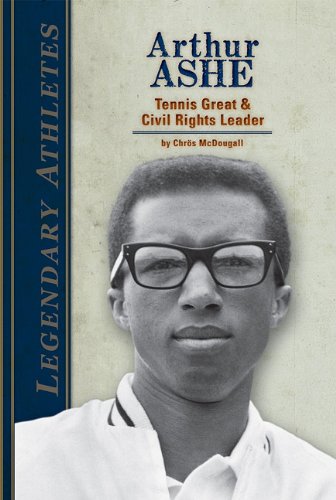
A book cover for Arthur Ashe: Tennis Great & Civil Rights Leader (Legendary Athletes); Chros McDougall; Children's Books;